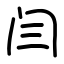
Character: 闫